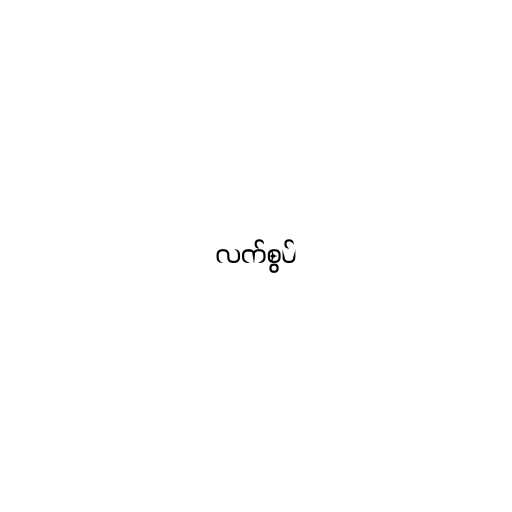
လက်စွပ်